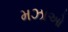
મઝાઓ